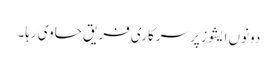
دونوں ایشوز پر سرکاری فریق حاوی رہا۔